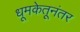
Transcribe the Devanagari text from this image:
धूमकेतूनंतर